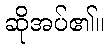
ဆိုအပ်၏။